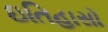
ઇતિહાસો